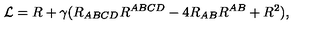
{ \cal L } = R + \gamma ( R _ { A B C D } R ^ { A B C D } - 4 R _ { A B } R ^ { A B } + R ^ { 2 } ) ,